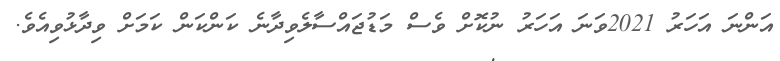
އަންނަ އަހަރު 2021ވަނަ އަހަރު ނުކޮށް ވެސް މަޑުޖައްސާލެވިދާނެ ކަންކަން ކަމަށް ވިދާޅުވިއެވެ.